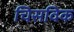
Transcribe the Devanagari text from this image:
चिसविक